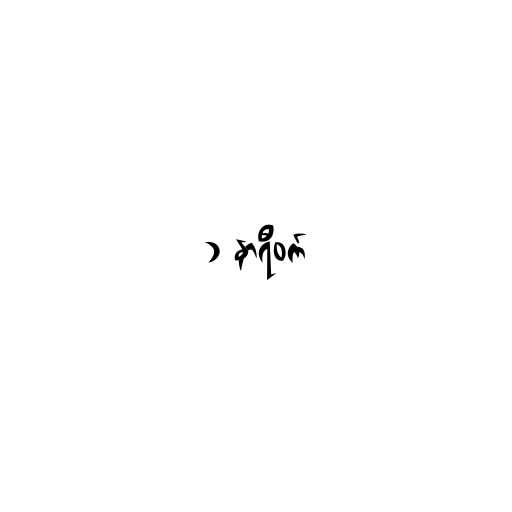
၁ နာရီဝက်